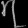
Digit: ၇